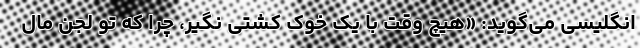
انگلیسی می‌گوید: «هیچ وقت با یک خوک کشتی نگیر، چرا که تو لجن مال